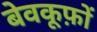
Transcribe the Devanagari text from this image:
बेवकूफ़ों